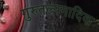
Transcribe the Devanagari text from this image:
गुरुतल्पगादिक